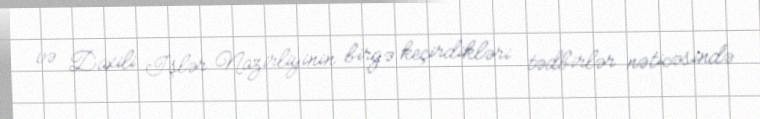
və Daxili İşlər Nazirliyinin birgə keçirdikləri tədbirlər nəticəsində